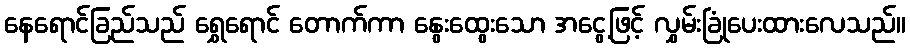
နေရောင်ခြည်သည် ရွှေရောင် တောက်ကာ နွေးထွေးသော အငွေ့ဖြင့် လွှမ်းခြုံပေးထားလေသည်။